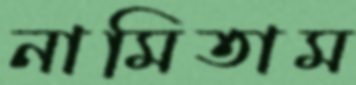
নামিতাম